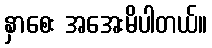
နှာစေး အအေးမိပါတယ်။